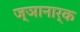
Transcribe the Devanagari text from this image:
ज्ञानार्क